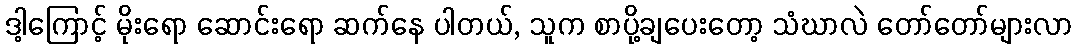
ဒါ့ကြောင့် မိုးရော ဆောင်းရော ဆက်နေ ပါတယ်, သူက စာပို့ချပေးတော့ သံဃာလဲ တော်တော်များလာ